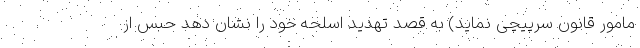
مامور قانون سرپیچی نماید) به قصد تهدید اسلحه خود را نشان دهد حبس از